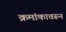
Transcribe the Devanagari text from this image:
क्रमांकावरून